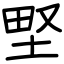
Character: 𡌛